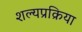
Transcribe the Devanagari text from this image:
शल्यप्रक्रिया